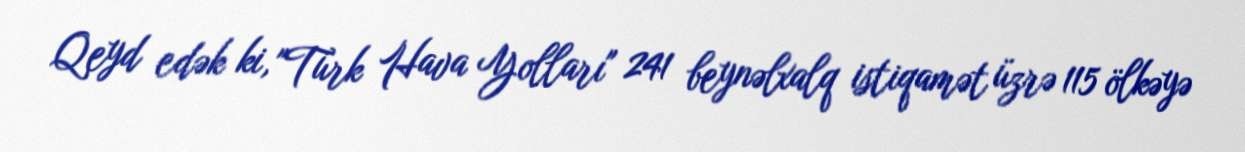
Qeyd edək ki, "Türk Hava Yolları" 241 beynəlxalq istiqamət üzrə 115 ölkəyə